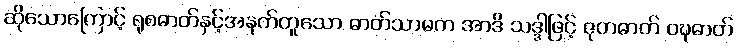
ဆိုသောကြောင့် ရုစဓာတ်နှင့်အနက်တူသော ဓာတ်သာမက အာဒိ သဒ္ဒါဖြင့် ဇုတဓာတ် ဝဍ္ဎဓာတ်